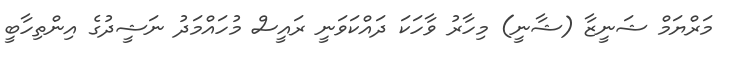
މަރްޔަމް ޝަނީޒާ (ޝާނީ) މިހާރު ވާހަކަ ދައްކަވަނީ ރައީސް މުހައްމަދު ނަޝީދުގެ އިންތިހާބީ